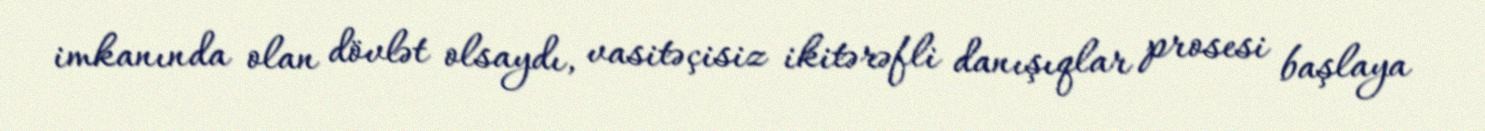
imkanında olan dövlət olsaydı, vasitəçisiz ikitərəfli danışıqlar prosesi başlaya